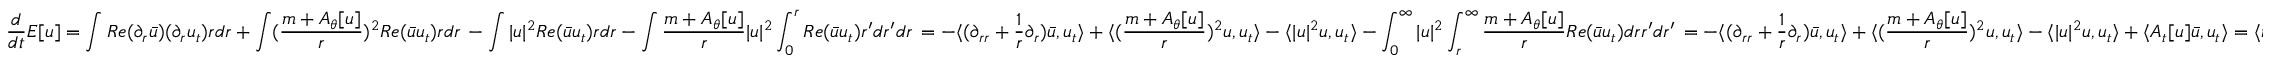
\aligned \frac { d } { d t } E [ u ] = \int R e ( \partial _ { r } \bar { u } ) ( \partial _ { r } u _ { t } ) r d r + \int ( \frac { m + A _ { \theta } [ u ] } { r } ) ^ { 2 } R e ( \bar { u } u _ { t } ) r d r \, - \int | u | ^ { 2 } R e ( \bar { u } u _ { t } ) r d r - \int \frac { m + A _ { \theta } [ u ] } { r } | u | ^ { 2 } \int _ { 0 } ^ { r } R e ( \bar { u } u _ { t } ) r ^ { \prime } d r ^ { \prime } d r \, = - \langle ( \partial _ { r r } + \frac { 1 } { r } \partial _ { r } ) \bar { u } , u _ { t } \rangle + \langle ( \frac { m + A _ { \theta } [ u ] } { r } ) ^ { 2 } u , u _ { t } \rangle - \langle | u | ^ { 2 } u , u _ { t } \rangle - \int _ { 0 } ^ { \infty } | u | ^ { 2 } \int _ { r } ^ { \infty } \frac { m + A _ { \theta } [ u ] } { r } R e ( \bar { u } u _ { t } ) d r r ^ { \prime } d r ^ { \prime } \, = - \langle ( \partial _ { r r } + \frac { 1 } { r } \partial _ { r } ) \bar { u } , u _ { t } \rangle + \langle ( \frac { m + A _ { \theta } [ u ] } { r } ) ^ { 2 } u , u _ { t } \rangle - \langle | u | ^ { 2 } u , u _ { t } \rangle + \langle A _ { t } [ u ] \bar { u } , u _ { t } \rangle = \langle i u _ { t } , u _ { t } \rangle = 0 . \endaligned